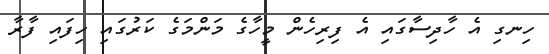
ހިނގި އެ ހާދިސާގައި އެ ފިރިހެން މީހާގެ މަންމަގެ ކަރުގައި ހިފައި ފާރާ